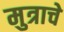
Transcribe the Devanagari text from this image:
मुत्राचे